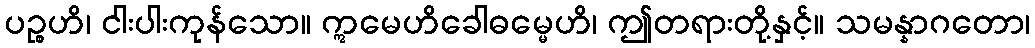
ပဉ္စဟိ၊ ငါးပါးကုန်သော။ ဣမေဟိခေါဓမ္မေဟိ၊ ဤတရားတို့နှင့်။ သမန္နာဂတော၊